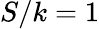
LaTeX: S/k=1